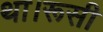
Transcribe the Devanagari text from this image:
था।रूसी